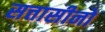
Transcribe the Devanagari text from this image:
सत्तासीनों